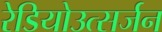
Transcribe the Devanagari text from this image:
रेडियोउत्सर्जन